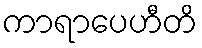
ကာရာပေဟီတိ